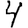
Digit: 4